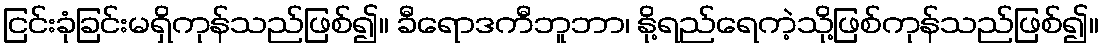
ငြင်းခုံခြင်းမရှိကုန်သည်ဖြစ်၍။ ခီရောဒကီဘူဘာ၊ နို့ရည်ရေကဲ့သို့ဖြစ်ကုန်သည်ဖြစ်၍။